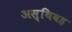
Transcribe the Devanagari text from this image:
अस्थिवह